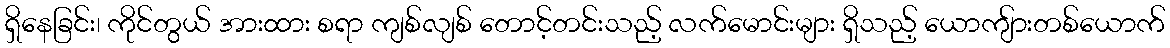
ရှိနေခြင်း၊ ကိုင်တွယ် အားထား စရာ ကျစ်လျစ် တောင့်တင်းသည့် လက်မောင်းများ ရှိသည့် ယောကျ်ားတစ်ယောက်